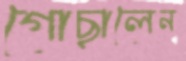
গোছালেন